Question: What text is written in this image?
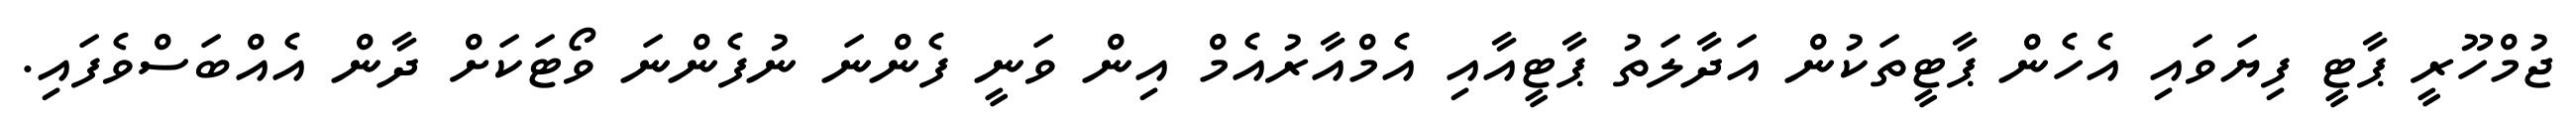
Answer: ޖުމްހޫރީ ޕާޓީ ފިޔަވައި އެހެން ޕާޓީތަކުން އަދާލަތު ޕާޓީއާއި އެމްއާރުއެމް އިން ވަނީ ފެންނަ ނުފެންނަ ވޯޓަކަށް ދާން އެއްބަސްވެފައި.